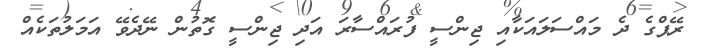
ރޭޕްގެ ދެ މައްސަލައަކާއި ޖިންސީ ފުރައްސާރަ އަދި ޖިންސީ ގޮތުން ނޭދެވޭ އަމަލުތަކެއް